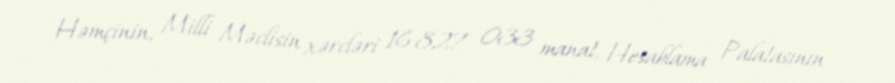
Həmçinin, Milli Məclisin xərcləri 16 827 033 manat, Hesablama Palatasının